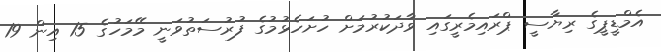
އެމްޑީޕީގެ ރިޔާސީ ޕްރައިމެރީގައި ވާދަކުރުމަށް ހުށަހެޅުމުގެ ފުރުސަތުވަނީ މޭމަހުގެ 15 އިން 19